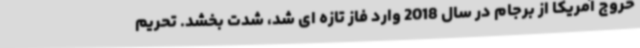
خروج آمریکا از برجام در سال 2018 وارد فاز تازه ای شد، شدت بخشد. تحریم